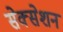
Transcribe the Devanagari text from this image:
सेक्सेशन